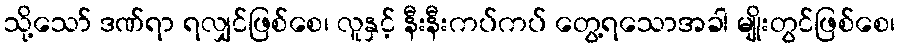
သို့သော် ဒဏ်ရာ ရလျှင်ဖြစ်စေ၊ လူနှင့် နီးနီးကပ်ကပ် တွေ့ရသောအခါ မျိုးတွင်ဖြစ်စေ၊